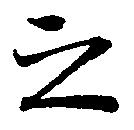
之